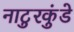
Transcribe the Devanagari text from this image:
नाटुरकुंडे